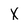
Character: X